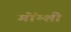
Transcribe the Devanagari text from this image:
गोंग्शी